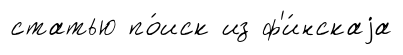
статью по́иск из ф'и́нскаjа